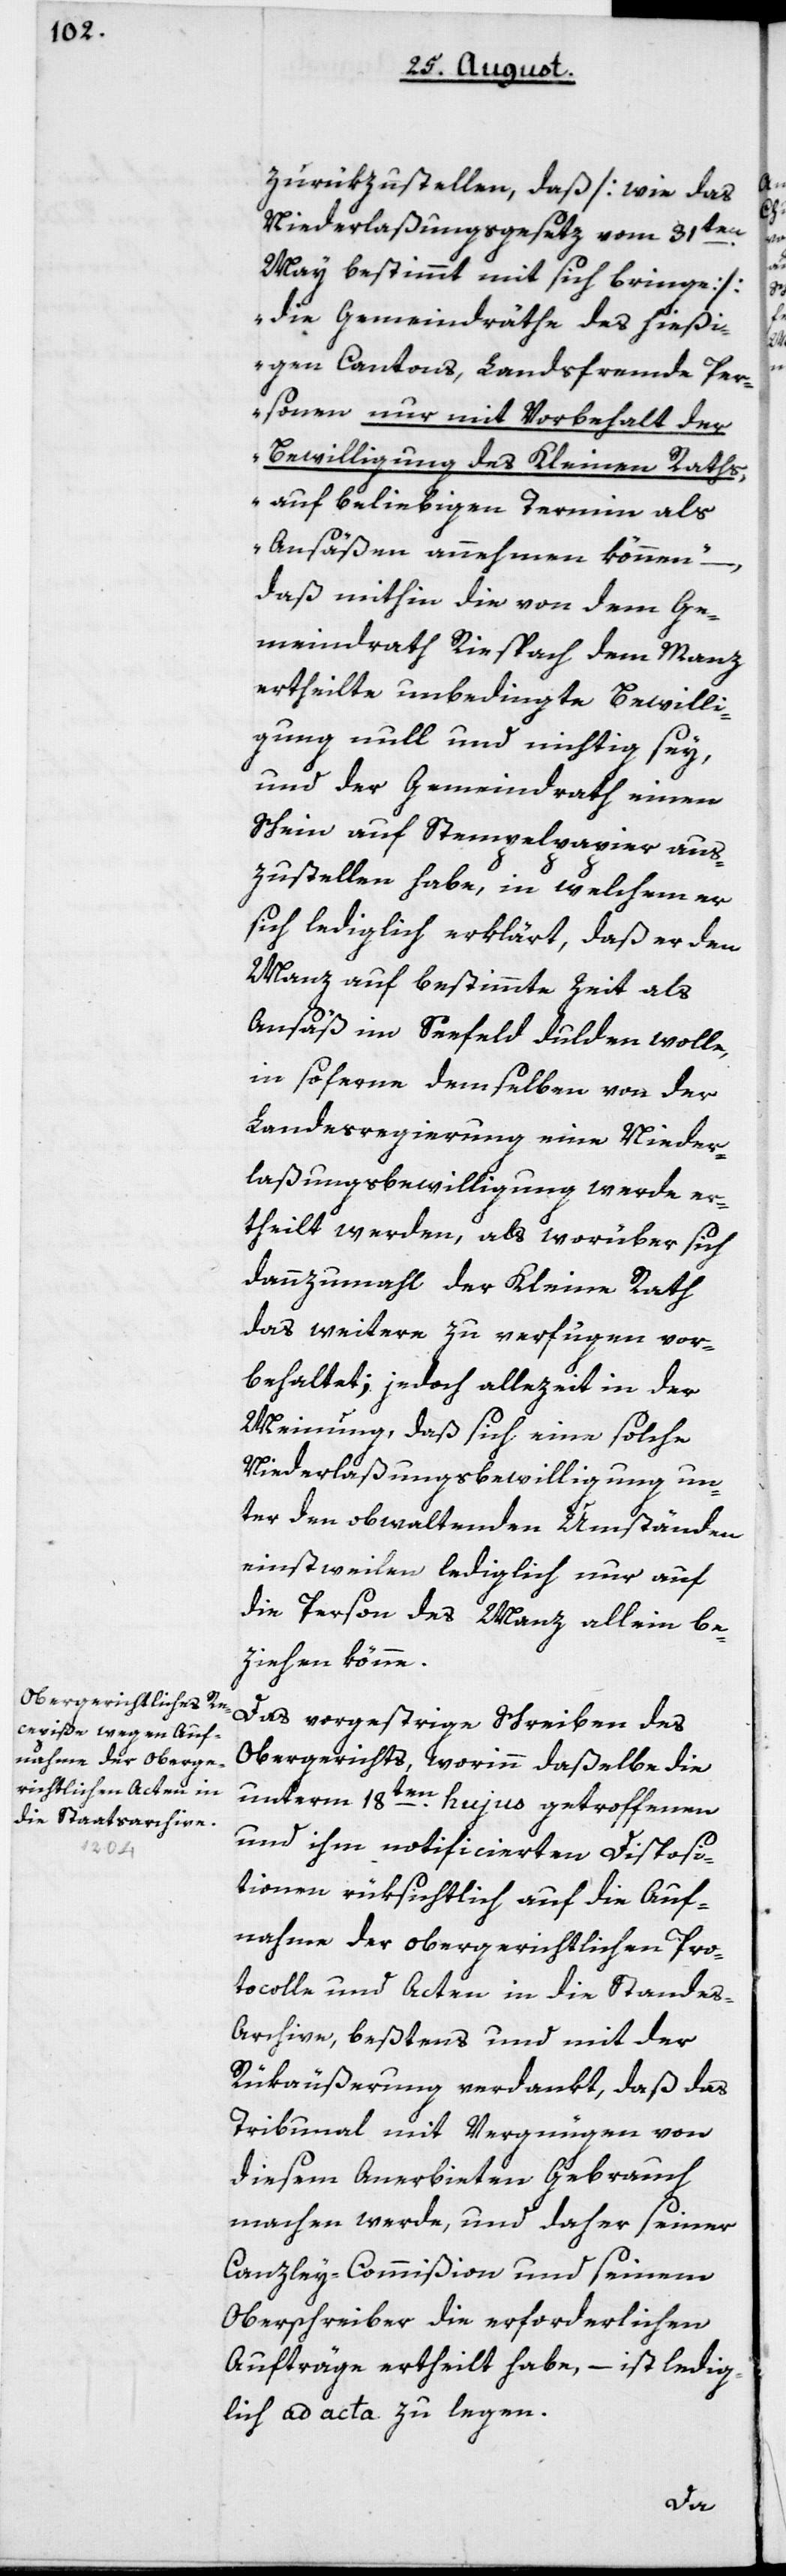
zurükzustellen, daß [wie das
Niederlaßungsgesetz vom 31ten
May bestimmt mit sich bringe)
„die Gemeindräthe des hießi¬
gen Cantons, landsfremde Per¬
sonen nur mit Vorbehalt der
Bewilligung des Kleinen Raths,
auf beliebigen Termin als
Ansäßen annehmen können“,
daß mithin die von dem Ge¬
meindrath Riesbach dem Manz
ertheilte unbedingte Bewilli¬
gung null und nichtig sey,
und der Gemeindrath einen
Schein auf Stempelpapier aus¬
zustellen habe, in welchem er
sich lediglich erklärt, daß er den
Manz auf bestimmte Zeit als
Ansäß im Seefeld dulden wolle,
in soferne demselben von der
Landesregierung eine Nieder¬
laßungsbewilligung werde er¬
theilt werden, als worüber sich
dannzumal der Kleine Rath
daeitere zu verfügen vor¬
behaltet; jedoch allezeit in der
Meinung, daß sich eine solche
Niederlaßungsbewilligung un¬
ter den obwaltenden Umständen
einstweilen lediglich nur auf
die Person des Manz allein be¬
ziehen könne.
Das vorgestrige Schreiben des
Obergerichts, worinn daßelbe die
unterm 18ten hujus getroffenen
und ihm notificierten Disposi¬
tionen rüksichtlich auf die Auf¬
nahme der obergerichtlichen Pro¬
tocolle und Acten in die Stande¬
s-Archive, bestens und mit der
Rükäußerung verdankt, daß das
Tribunal mit Vergnügen von
diesem Anerbieten Gebrauch
machen werde, und daher seiner
Canzley-Commißion und seinem
Oberschreiber die erforderlichen
Aufträge ertheilt habe, – ist ledig¬
lich ad acta zu legen.